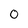
Character: O